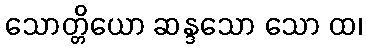
သောတ္တိယော ဆန္ဒသော သော ထ၊